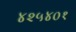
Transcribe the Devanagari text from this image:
४२५४०१